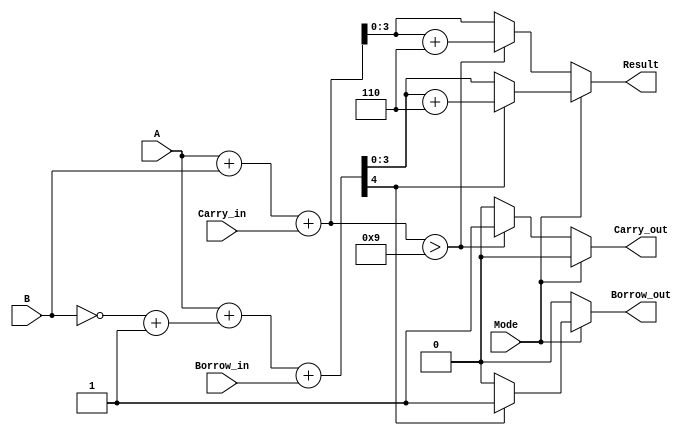
module BCD_Add_Subtracter (
    input [3:0] A,          // First BCD digit
    input [3:0] B,          // Second BCD digit
    input Mode,             // Control signal: 0 for addition, 1 for subtraction
    input Carry_in,         // Carry input for addition
    input Borrow_in,        // Borrow input for subtraction
    output reg [3:0] Result, // Output BCD digit
    output reg Carry_out,    // Carry output for addition
    output reg Borrow_out     // Borrow output for subtraction
);

    wire [4:0] Sum;         // 5-bit sum to accommodate carry
    wire [4:0] Sub;         // 5-bit result for subtraction
    wire [3:0] B_neg;       // Two's complement of B for subtraction

    // Two's complement of B for subtraction
    assign B_neg = ~B + 4'b0001;

    // Adder for addition
    assign Sum = A + B + Carry_in;

    // Adder for subtraction (A + (-B))
    assign Sub = A + B_neg + Borrow_in;

    always @(*) begin
        // Addition operation
        if (Mode == 1'b0) begin
            if (Sum > 4'b1001) begin
                Result = Sum + 4'b0110; // BCD correction
                Carry_out = 1'b1;        // Set carry out
            end else begin
                Result = Sum[3:0];       // Valid BCD result
                Carry_out = 1'b0;        // No carry out
            end
            Borrow_out = 1'b0;          // No borrow in addition
        end
        // Subtraction operation
        else begin
            if (Sub[4] == 1'b1) begin
                Result = Sub + 4'b0110; // BCD correction for negative result
                Borrow_out = 1'b1;      // Set borrow out
            end else begin
                Result = Sub[3:0];      // Valid BCD result
                Borrow_out = 1'b0;      // No borrow out
            end
            Carry_out = 1'b0;          // No carry in subtraction
        end
    end

endmodule